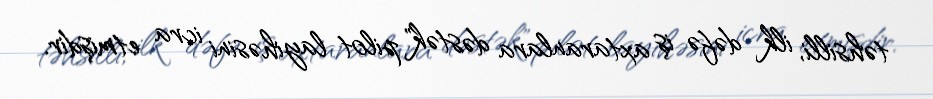
təhsilli, ilk dəfə iş axtaranlara dəstək" pilot layihəsini icra etmişdir.